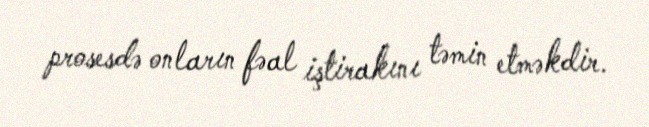
prosesdə onların fəal iştirakını təmin etməkdir.